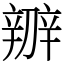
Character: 辧